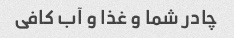
چادر شما و غذا و آب کافی